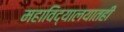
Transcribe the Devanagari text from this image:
महाविद्यालयातही